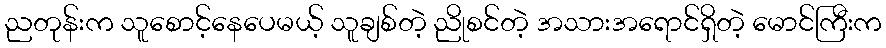
ညတုန်းက သူစောင့်နေပေမယ့် သူချစ်တဲ့ ညိုစင်တဲ့ အသားအရောင်ရှိတဲ့ မောင်ကြီးက